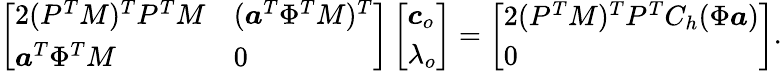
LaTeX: \left[\begin{array}{ll}{2(P^{T}M)^{T}P^{T}M}&{(\boldsymbol{a}^{T}\Phi^{T}M)^{T}}\\ {\boldsymbol{a}^{T}\Phi^{T}M}&{0}\end{array}\right]\left[\begin{array}{l}{\boldsymbol{c}_{o}}\\ {\lambda_{o}}\end{array}\right]=\left[\begin{array}{l}{2(P^{T}M)^{T}P^{T}C_{h}(\Phi\boldsymbol{a})}\\ {0}\end{array}\right].